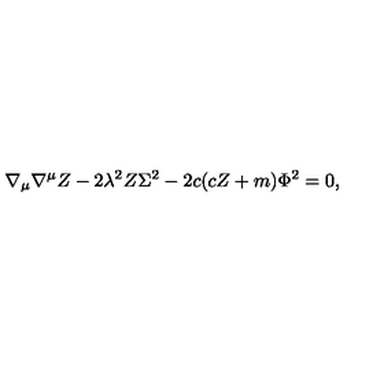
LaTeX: \nabla _ { \mu } \nabla ^ { \mu } Z - 2 \lambda ^ { 2 } Z \Sigma ^ { 2 } - 2 c ( c Z + m ) \Phi ^ { 2 } = 0 ,